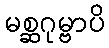
မစ္ဆဂုမ္ဗာပိ